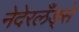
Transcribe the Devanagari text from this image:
नेदेरलँड्से